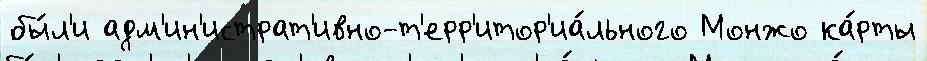
бы́л'и адм'ин'истрат'ивно-т'ерр'итор'иа́льного Монжо ка́рты